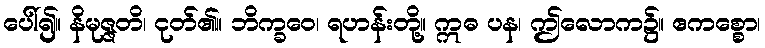
ပေါ်၍။ နိမုဇ္ဇတိ၊ ငုတ်၏။ ဘိက္ခဝေ၊ ရဟန်းတို့။ ဣဓ ပန၊ ဤလောက၌။ ဧကစ္စော၊